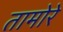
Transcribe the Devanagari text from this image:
तामोरे